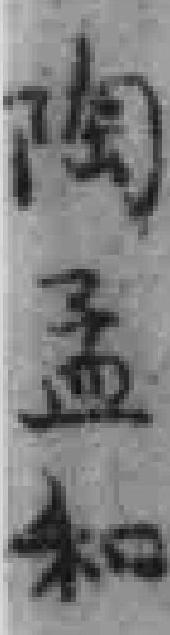
陶孟和